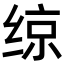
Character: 𫟅